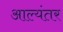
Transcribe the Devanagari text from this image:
आल्यंतर